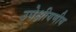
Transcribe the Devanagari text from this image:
उपेक्षीयणीय